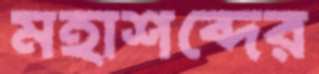
মহাশব্দের